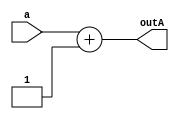
////////////////////////////////////////////////////////////////////////////////
// Company: 	UMBC
//
// Module Name: add_One
// Description: Adds four to a given bit size of an input value
////////////////////////////////////////////////////////////////////////////////
module add_One(a, outA);

	// Parameter for setting value
	parameter SIZE = 32;

	// Set a and out the given size
	input [(SIZE-1):0] a;
	output [(SIZE-1):0] outA;

	// Add 1 to a and assign out;
	assign outA = a + 1;

endmodule